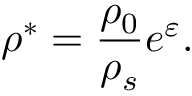
\rho ^ { * } = \frac { \rho _ { 0 } } { \rho _ { s } } e ^ { \varepsilon } .